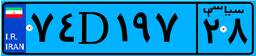
۰۳D۵۹۸۱۴